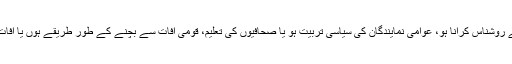
ہم نے عدالتی نظام کو کمپیوٹر کے ذریعے لاگو کرنا ہو یا اپنے افسروں کو جدید انداز انتظامیہ سے روشناس کرانا ہو، عوامی نمایندگان کی سیاسی تربیت ہو یا صحافیوں کی تعلیم، قومی آفات سے بچنے کے طور طریقے ہوں یا آفات کے بعد تباہی کو ترقی میں تبدیل کرنے کا عمل، تعاون کی اپیل مٹی کو سونے میں بدل دیتی ہے۔